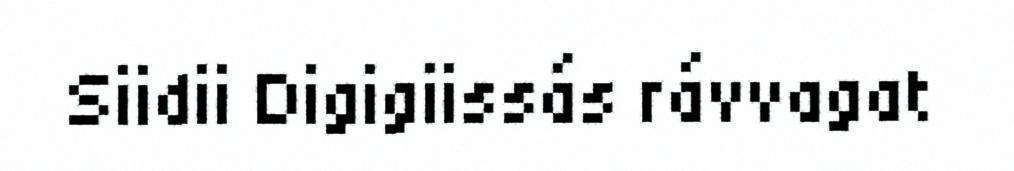
Siidii Digigiissás rávvagat